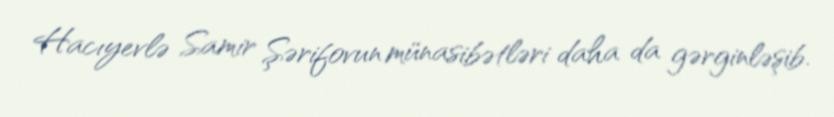
Hacıyevlə Samir Şərifovun münasibətləri daha da gərginləşib.